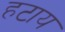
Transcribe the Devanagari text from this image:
हटाय